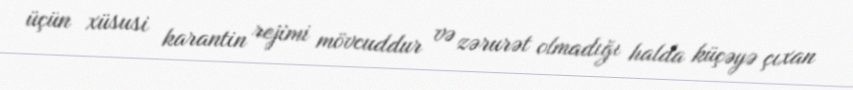
üçün xüsusi karantin rejimi mövcuddur və zərurət olmadığı halda küçəyə çıxan